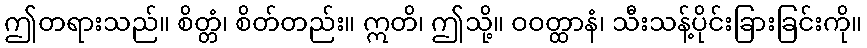
ဤတရားသည်။ စိတ္တံ၊ စိတ်တည်း။ ဣတိ၊ ဤသို့။ ဝဝတ္ထာနံ၊ သီးသန့်ပိုင်းခြားခြင်းကို။